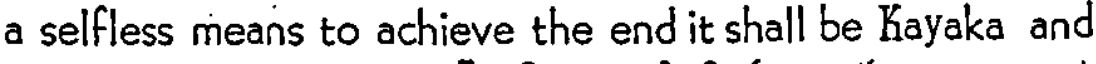
a selfless means to achieve the end it shall be Kayaka and